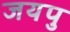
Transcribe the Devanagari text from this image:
जयपु